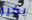
بخير